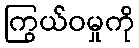
ကြွယ်ဝမှုကို